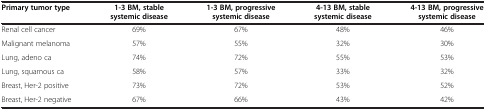
<table><thead><tr><td><b>Primary tumor type</b></td><td><b>1-3 BM, stable systemic disease</b></td><td><b>1-3 BM, progressive systemic disease</b></td><td><b>4-13 BM, stable systemic disease</b></td><td><b>4-13 BM, progressive systemic disease</b></td></tr></thead><tbody><tr><td>Renal cell cancer</td><td>69%</td><td>67%</td><td>48%</td><td>46%</td></tr><tr><td>Malignant melanoma</td><td>57%</td><td>55%</td><td>32%</td><td>30%</td></tr><tr><td>Lung, adeno ca</td><td>74%</td><td>72%</td><td>55%</td><td>53%</td></tr><tr><td>Lung, squamous ca</td><td>58%</td><td>57%</td><td>33%</td><td>32%</td></tr><tr><td>Breast, Her-2 positive</td><td>73%</td><td>72%</td><td>53%</td><td>52%</td></tr><tr><td>Breast, Her-2 negative</td><td>67%</td><td>66%</td><td>43%</td><td>42%</td></tr></tbody></table>